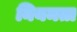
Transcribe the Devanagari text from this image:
नियमता